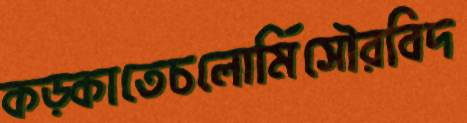
কড়্‌কাতেচলোর্মিসৌরবিদ